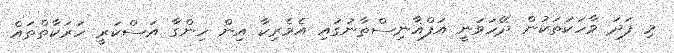
މި ފަދަ ވާހަކަތަކުން ދޭހަވަނީ އަފްޣާނިސްތާނުގައި އެމެރިކާ އިން ހިންގާ އަސްކަރީ ހަރަކާތްތައް